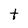
Character: t